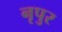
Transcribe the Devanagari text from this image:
नृपुर